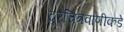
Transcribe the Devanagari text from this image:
दूरचित्रवाणीकडे